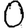
Digit: 0